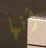
أنها